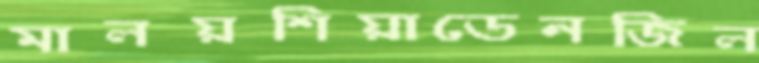
মালয়শিয়াডেনজিল